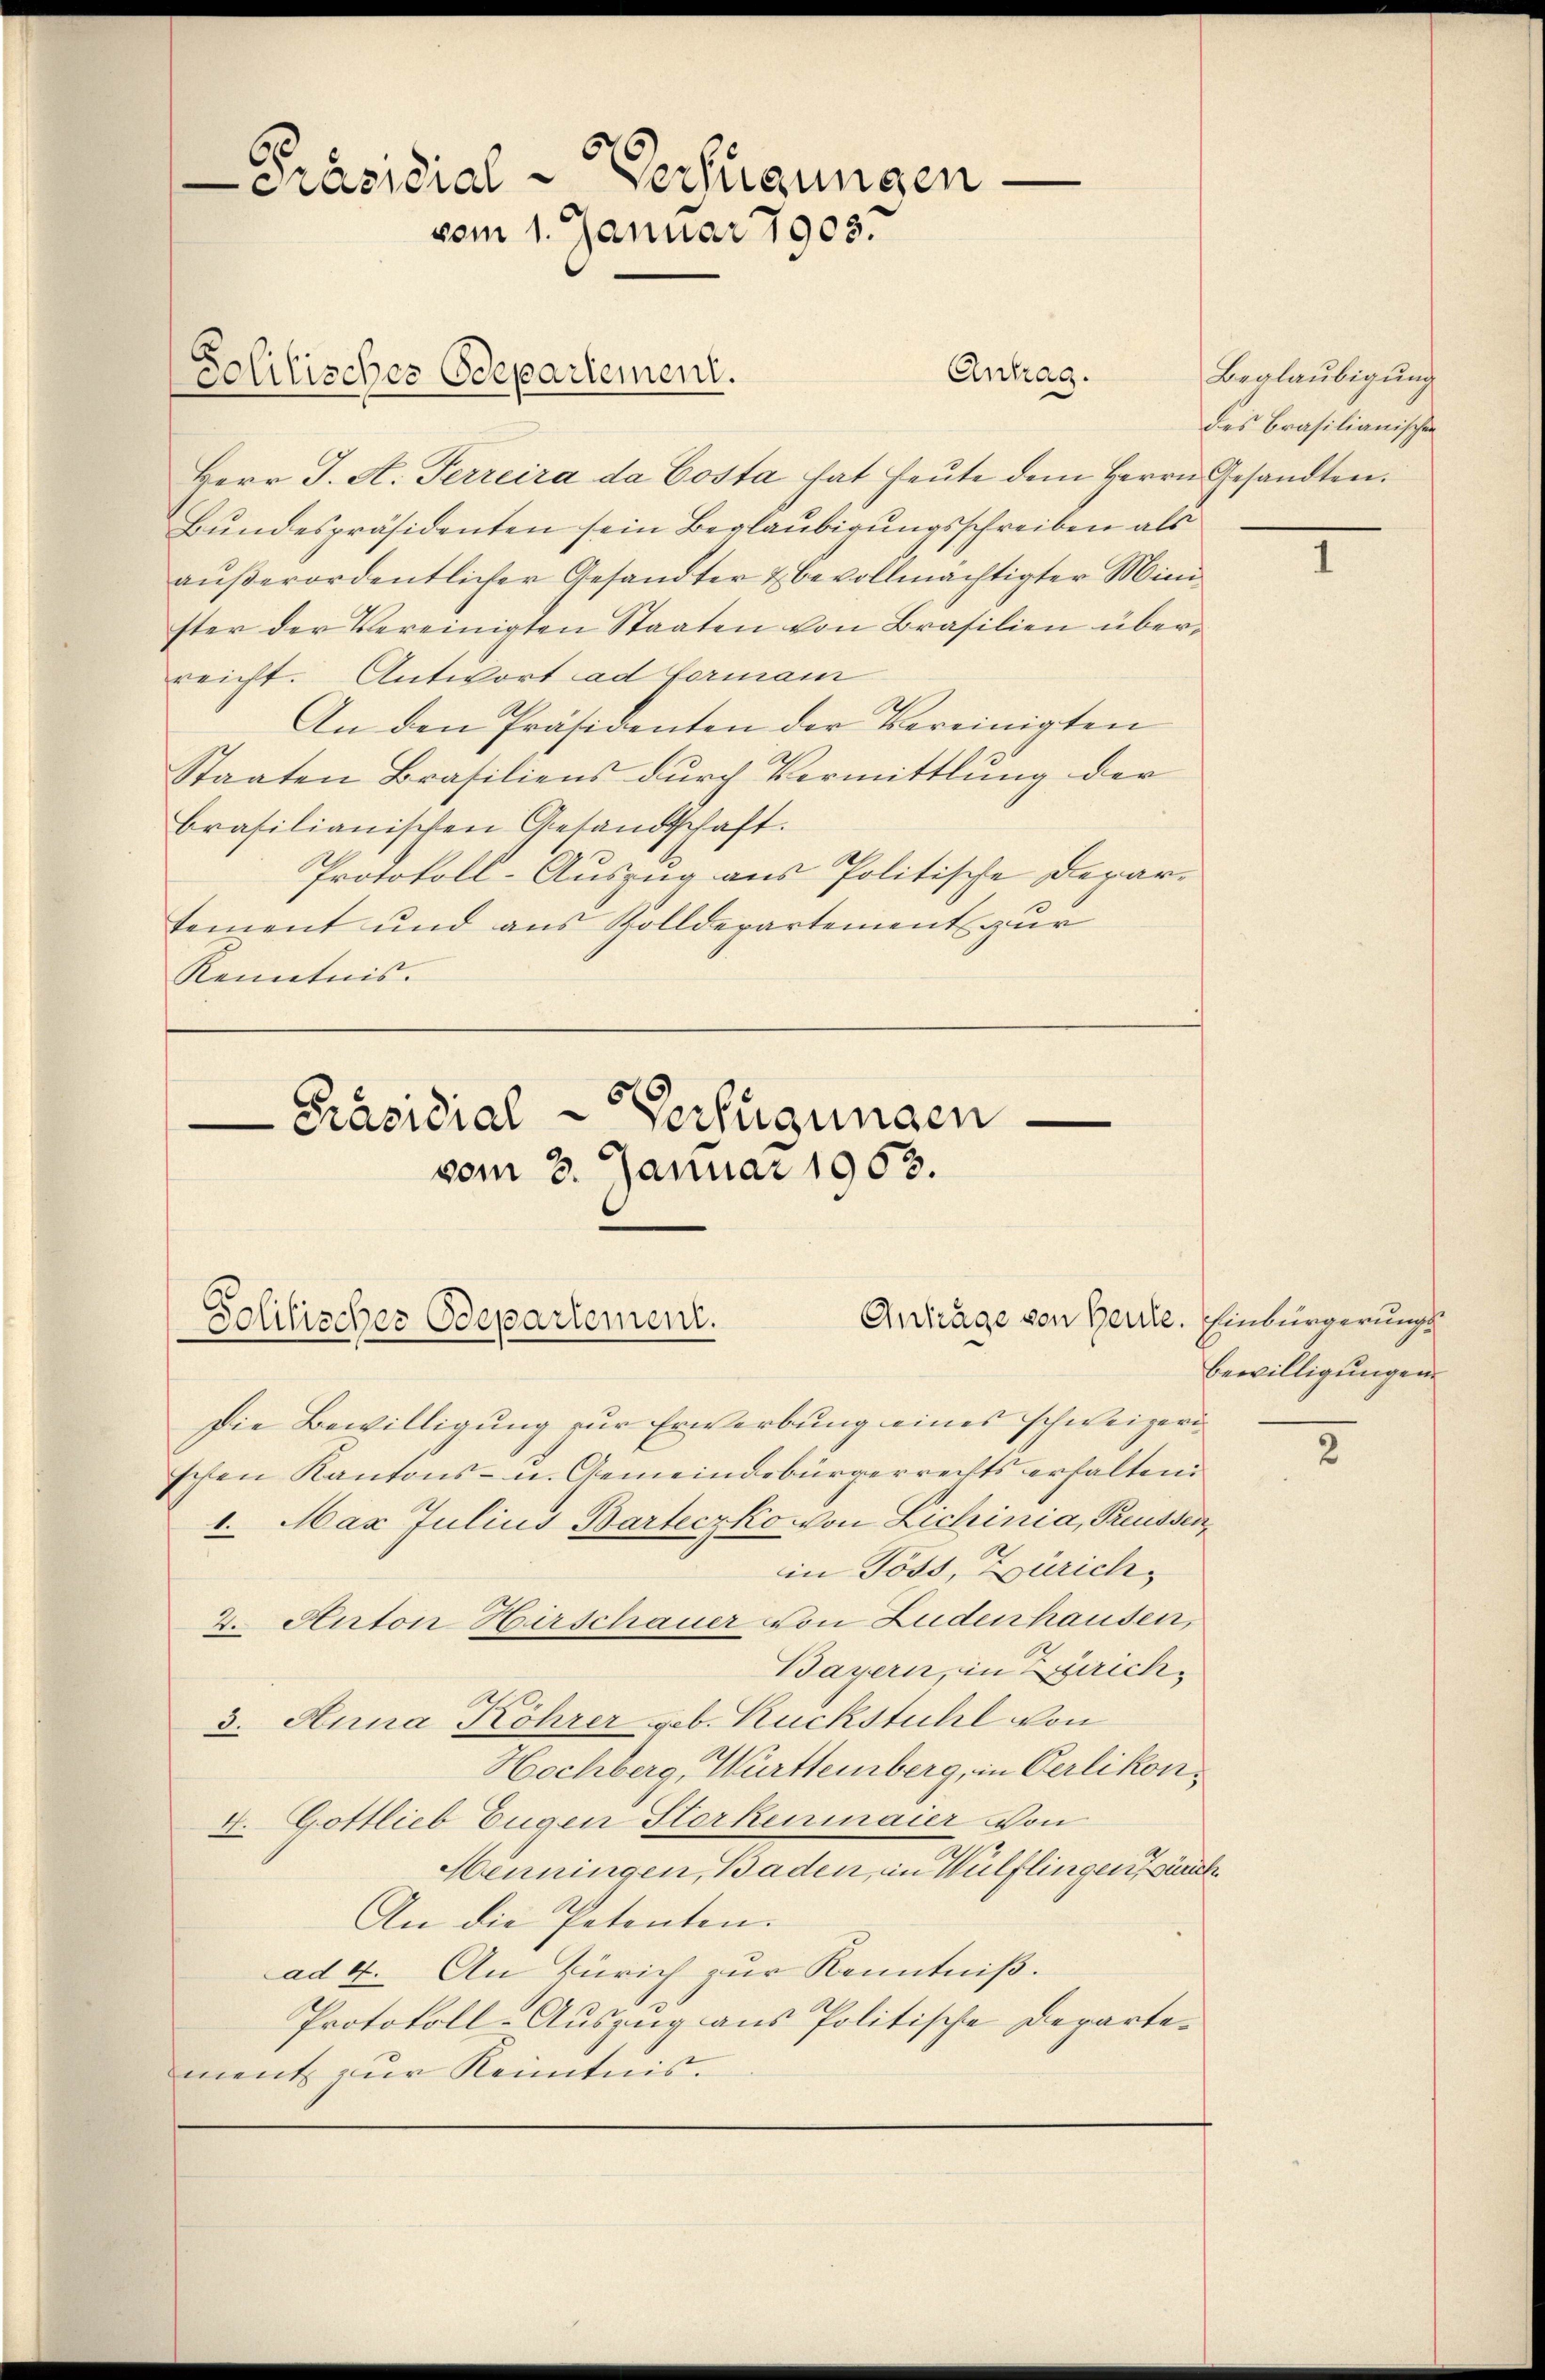
Antrag.
Herr J. A. Perreira da Costa hat heŭte dem Herrn Gesandten.
Bundespräsidenten sein Beglaubigungsschreiben als
aŭβerordentlicher Gesandter & bevollmächtigter Minister der Vereinigten Staaten von Brasilien überreicht. Antwort ad Formann
An den Präsidenten der Vereinigten
Staaten Brasiliens durch Vermittlung der
brasilianischen Gesandtschaft.
Protokoll-Auszug aus Politische Depar-
tement und aus Zolldepartement zur
Kenntnis.

-Präsidial-Verfügungen.
vom 1. Januar 1903.

Solitisches Odepartement.

Präsidial-Verfügungen
vom 3. Januar 1963.
Politischer Odepartement.

Beglaubigung
des Brasilianischen

Die Bewilligung zur Erwerbung eines schweizeri
schen Kantons- u. Gemeindebürgerrechts erhalten.
1. Max Julius Barteczko von Lichinia, Preussen,
in Toss, Zürich¬
2. Auton Hirschauer von Ludenhausen,
Bayern, in Zürich¬
3. Huna Köhrer geb. Rückstuhl von
Hochberg, Württemberg, in Oerlikon,
4. Gottlieb Eugen Storkenmaier von
Henningen, Baden, in Wülflingen,
An die petenten.
ad 4. An Zürich zur Kenntniß.
A
Protokoll-Auszug aus Politische Departement zur Kenntnis.

7

Antrage von Herre. Einbürgerungs¬
Bewilligungen

2